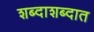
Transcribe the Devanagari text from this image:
शब्दाशब्दात